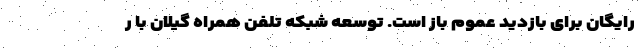
رایگان برای بازدید عموم باز است. توسعه شبکه تلفن همراه گیلان با ر